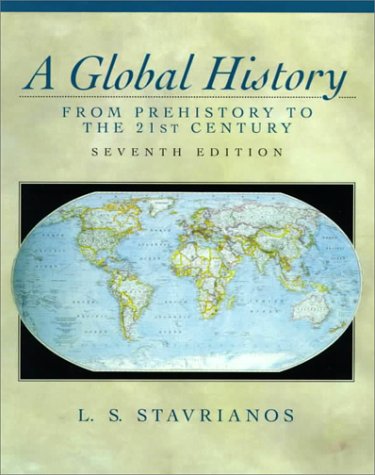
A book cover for A Global History: From Prehistory to the 21st Century (7th Edition); Leften Stavrianos; History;